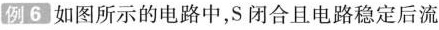
例6 如图所示的电路中，S闭合且电路稳定后流